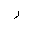
Letter: _ra